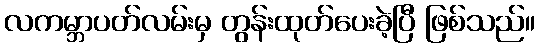
လကမ္ဘာပတ်လမ်းမှ တွန်းထုတ်ပေးခဲ့ပြီ ဖြစ်သည်။